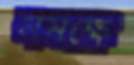
সমক্ষে